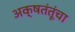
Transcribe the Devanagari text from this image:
अक्षतंतूंचा